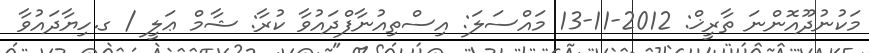
މަކުނުދޫއޮންނަ ތާރީޚް: 2012-11-13 މައްސަލަ: އިސްތިއުނާފްދައުވާ ކުރާ: ޝާމް ޢަލީ / ގ.ހިޔާދައުވާ